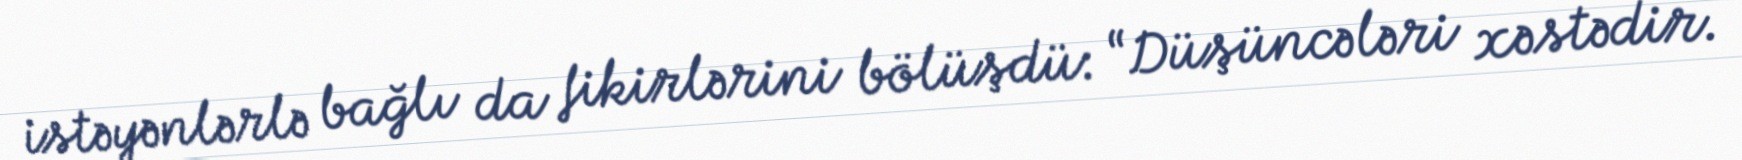
istəyənlərlə bağlı da fikirlərini bölüşdü: “Düşüncələri xəstədir.